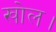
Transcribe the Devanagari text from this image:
खोल।